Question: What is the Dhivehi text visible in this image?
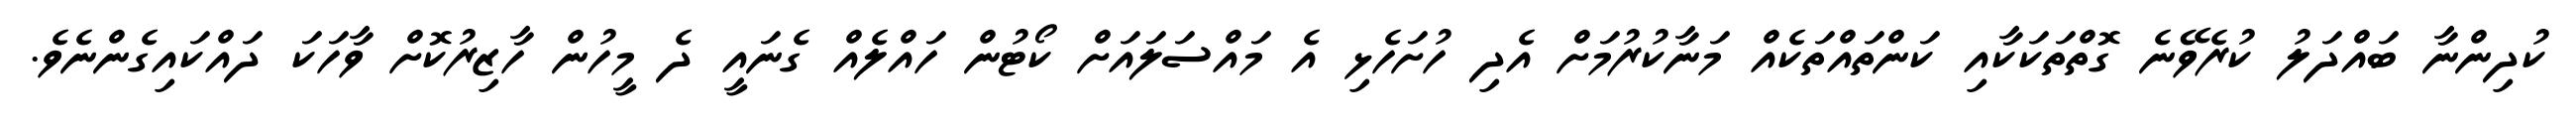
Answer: ކުދިންނާ ބައްދަލު ކުރެވޭނެ ގޮތްތަކަކާއި ކަންތައްތަކެއް މަނާކުރުމަށް އެދި ހުށަހެޅި އެ މައްސަލައަށް ކޯޓުން ހައްލެއް ގެނައީ ދެ މީހުން ހާޒިރުކޮށް ވާހަކަ ދައްކައިގެންނެވެ.